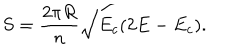
S = \frac { 2 \pi R } { n } \sqrt { E _ { c } ( 2 E - E _ { c } ) } .